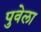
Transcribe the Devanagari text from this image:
पुवेला